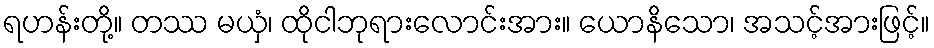
ရဟန်းတို့။ တဿ မယှံ၊ ထိုငါဘုရားလောင်းအား။ ယောနိသော၊ အသင့်အားဖြင့်။